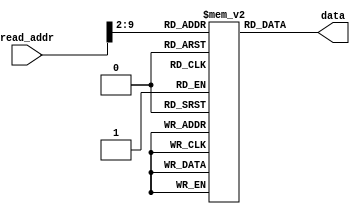
`timescale 1ns / 1ps
//////////////////////////////////////////////////////////////////////////////////
// Company: 
// Engineer: 
// 
// Design Name: 
// Module Name: instruction_mem
// Project Name: 
// Target Devices: 
// Tool Versions: 
// Description: 
// 
// Dependencies: 
// 
// Revision:
// Revision 0.01 - File Created
// Additional Comments:
// 
//////////////////////////////////////////////////////////////////////////////////


module instruction_mem(
    input [9:0] read_addr,
    output [31:0] data
    );
    
    reg [31:0]rom[255:0];  
    
    initial  
    begin  
                                                        // instruction           alu result in hex       register content       mem content
//        rom[0]  = 32'b00100000000000010000000000000110; // addi r1,r0,#6                 6                    r1=6                   -
//        rom[1]  = 32'b00100000000000100000000000001110; // addi r2,r0,#e                 e                    r2=e                   -
//        rom[2]  = 32'b00100000000000110000000001001110; // addi r3,r0,#4e                4e                   r3=4e                  -
//        rom[3]  = 32'b00100000000001000000000011010010; // addi r4,r0,#d2                d2                   r4=d2                  -
//        rom[4]  = 32'b00100000000001011110000110010101; // addi r5,r0,#e195           ffffe195                r5=ffffe195            -
//        rom[5]  = 32'b00100000000001101111111000010010; // addi r6,r0,#fe12           fffffe12                r6=fffffe12            -
//        rom[6]  = 32'b00000000001001000011100000100000; // add r7,r1,r4                  d8                   r7=d8                  -
//        rom[7]  = 32'b00000000011001010100000000100000; // add r8,r3,r5               ffffe1e3                r8=ffffe1e3            -
//        rom[8]  = 32'b10101100001001110000000000000010; // sw mem[r1+2] <= r7            8                    -                   mem[2]=d8
//        rom[9]  = 32'b10101100100010001111111111111110; // sw mem[r4-2] <= r8            d0                   -                   mem[52]=ffffe1e3
//        rom[10] = 32'b00000000100000100100100000100010; // sub r9,r4,r2                  C4                   r9=c4                  -
//        rom[11] = 32'b00000000001001010101000000100010; // sub r10,r1,r5                1e71                  r10=1e71               -
//        rom[12] = 32'b10101101001010100000000000000000; // sw mem[r9+0] <= r10           c4                   -                   mem[49]=1e71
//        rom[13] = 32'b00000001001001110101100000100101; // or r11,r9,r7                  dc                   r11=dc                 -
//        rom[14] = 32'b00000001000010100110000000100100; // and r12,r8,r10                61                   r12=61                 -
//        rom[15] = 32'b10001100001011010000000000000010; // r13 =mem[r1+2]                8                    r13=d8                 -
//        rom[16] = 32'b10001100100011101111111111111110; // r14 =mem[r4-2]                d0                   r14=ffffe1e3           -
//        rom[17] = 32'b10001101001011110000000000000000; // r15 =mem[r9+0]                c4                   r15=1e71               -
//        rom[18] = 32'b00110001100100000000111101100011; // andi r16,r12,#f63             61                   r16=61                 -
//        rom[19] = 32'b00010000111011010000000000000100; // beq r7,r13,#4                 0                    -                      -              branch to instruction rom[24]     
//        rom[20] = 32'b00000001100010101000100000100111; // nor r17,r12,r10            ffffe18e                r17=ffffe18e           -      
//        rom[21] = 32'b00000001100010101001000000101010; // slt r18,r12,r10               1                    r18=1                  -
//        rom[22] = 32'b11000001100000001001100011000000; // sll r19,r12,#3               308                   r19=308                -
//        rom[23] = 32'b00001000000000000000000000000100; // j #4                          -                    -                      -             jump to instruction rom[28]
//        rom[24] = 32'b11000001100000001010000101000010; // srl r20,r12,#5                3                    r20=3                  -
//        rom[25] = 32'b11000001000000001010100110000011; // sra r21,r8,#6              ffffff87                r21=ffffff87           -
//        rom[26] = 32'b00000000100001011011000000100110; // xor r22,r4,r5              ffffe147                r22=ffffe147           -
//        rom[27] = 32'b00010001010011111111111111111000; // beq r10,r15,#-8                0                   -                      -              branch to instruction rom[20] 
//        rom[28] = 32'b00000000100000011011100000011000; // mult r23,r4,r1                4ec                  r23=4ec                -
//        rom[29] = 32'b00000000111000011100000000011010; // div r24,r7,r1                 24                   r24=24                 -
        
        
        ////////////////////////////////////////////////////// grading
        // load to registers 1 to 10
                                                        // instruction           alu result in hex       register content       mem content
        rom[0] = 32'b10001100000000010000000000000000; // r1  = mem[0]                0                    r1 = 00000001            -
        rom[1] = 32'b10001100000000100000000000000100; // r2  = mem[0]                1                    r2 = 0fd76e10            -
        rom[2] = 32'b10001100000000110000000000001000; // r3  = mem[0]                2                    r3 = 5a00429b            -
        rom[3] = 32'b10001100000001000000000000001100; // r4  = mem[0]                3                    r4 = 14333ffc            -
        rom[4] = 32'b10001100000001010000000000010000; // r5  = mem[0]                4                    r5 = 321fedcb            -
        rom[5] = 32'b10001100000001100000000000010100; // r6  = mem[0]                5                    r6 = 80000000            -
        rom[6] = 32'b10001100000001110000000000011000; // r7  = mem[0]                6                    r7 = 9012fd65            -
        rom[7] = 32'b10001100000010000000000000011100; // r8  = mem[0]                7                    r8 = abc00237            -
        rom[8] = 32'b10001100000010010000000000100000; // r9  = mem[0]                8                    r9 = b54bc031            -
        rom[9] = 32'b10001100000010100000000000100100; // r10 = mem[0]                9                    r10= c187a606            -
        
        // two positive operands
        rom[10] = 32'b00110000011010111111111101100011; // andi r11,r3,#ff63      5a004203                 r11= 5a004203            -
        rom[11] = 32'b00000000001000100110000000100111; // nor  r12,r1,r2         f02891ee                 r12= f02891ee            - 
        rom[12] = 32'b00000000001000100110100000101010; // slt  r13,r1,r2             1                    r13= 1                   -
        rom[13] = 32'b11000000010000000111000011000000; // sll  r14,r2,#3         7ebb7080                 r14= 7ebb7080            -
        rom[14] = 32'b11000000001000000111100101000010; // srl  r15,r1,#5             0                    r15= 0                   -
        rom[15] = 32'b11000000110000001000000110000011; // sra  r16,r6,#6         fe000000                 r16= fe000000            -
        rom[16] = 32'b00000000010000111000100000100110; // xor  r17,r2,r3         55d72c8b                 r17= 55d72c8b            -
        rom[17] = 32'b00000000001000101001000000011000; // mult r17,r1,r2         0fd76e10                 r18= 0fd76e10            -
        rom[18] = 32'b00000000010000011001100000011010; // div  r19,r2,r1         0fd76e10                 r19= 0fd76e10            -
        // store the result in memory
        rom[19] = 32'b10101100000010110000000000101100; // sw mem[r0+11] <= r11      2c                           -                   mem[11]= 5a004203
        rom[20] = 32'b10101100000011000000000000110000; // sw mem[r0+12] <= r12      30                           -                   mem[12]= f02891ee
        rom[21] = 32'b10101100000011010000000000110100; // sw mem[r0+13] <= r13      34                           -                   mem[13]=    1   
        rom[22] = 32'b10101100000011100000000000111000; // sw mem[r0+14] <= r14      38                           -                   mem[14]= 7ebb7080
        rom[23] = 32'b10101100000011110000000000111100; // sw mem[r0+15] <= r15      3c                           -                   mem[15]=    0   
        rom[24] = 32'b10101100000100000000000001000000; // sw mem[r0+16] <= r16      40                          -                   mem[16]= fe000000
        rom[25] = 32'b10101100000100010000000001000100; // sw mem[r0+17] <= r17      44                          -                   mem[17]= 55d72c8b
        rom[26] = 32'b10101100000100100000000001001000; // sw mem[r0+18] <= r18      48                          -                   mem[18]= 0fd76e10
        rom[27] = 32'b10101100000100110000000001001100; // sw mem[r0+19] <= r19      4c                          -                   mem[19]= 0fd76e10
        
        // one positive and one negative operand
        rom[28] = 32'b00110000111010110000111101100011; // andi r11,r7,#f63       00000d61                 r11= 00000d61             -
        rom[29] = 32'b00000000010001110110000000100111; // nor  r12,r2,r7         6028008a                 r12= 6028008a             -
        rom[30] = 32'b00000000010001110110100000101010; // slt  r13,r2,r7             1                    r13=    1                 -
        rom[31] = 32'b11000000111000000111001101000000; // sll  r14,r2,#13        5faca000                 r14= 5faca000             -
        rom[32] = 32'b11000001000000000111100111000010; // srl  r15,r8,#7         01578004                 r15= 01578004             -
        rom[33] = 32'b11000001001000001000000010000011; // sra  r16,r9,#2         ed52f00c                 r16= ed52f00c             -
        rom[34] = 32'b00000000010001111000100000100110; // xor  r17,r2,r7         9fc59375                 r17= 9fc59375             -
        rom[35] = 32'b00000000010001111001000000011000; // mult r17,r2,r7         e4e43c50?                r18= e4e43c50             -
        rom[36] = 32'b00000000111000101001100000011010; // div  r19,r7,r2             9                    r19=    9                 -
        // store the result in memory
        rom[37] = 32'b10101100000010110000000001010000; // sw mem[r0+20] <= r11      50                           -                   mem[20]= 00000d61 
        rom[38] = 32'b10101100000011000000000001010100; // sw mem[r0+21] <= r12      54                           -                   mem[21]= 6028008a 
        rom[39] = 32'b10101100000011010000000001011000; // sw mem[r0+22] <= r13      58                           -                   mem[22]=    1        
        rom[40] = 32'b10101100000011100000000001011100; // sw mem[r0+23] <= r14      5c                           -                   mem[23]= 5faca000 
        rom[41] = 32'b10101100000011110000000001100000; // sw mem[r0+24] <= r15      60                           -                   mem[24]= 01578004 
        rom[42] = 32'b10101100000100000000000001100100; // sw mem[r0+25] <= r16      64                           -                   mem[25]= ed52f00c 
        rom[43] = 32'b10101100000100010000000001101000; // sw mem[r0+26] <= r17      68                           -                   mem[26]= 9fc59375 
        rom[44] = 32'b10101100000100100000000001101100; // sw mem[r0+27] <= r18      6c                           -                   mem[27]= e4e43c50
        rom[45] = 32'b10101100000100110000000001110000; // sw mem[r0+28] <= r19      70                           -                   mem[28]=    9        
        
        // one positive and one negative operand
        rom[46] = 32'b00110001010010111110000100100111; // andi r11,r10,#e127     c187a006                 r11= c187a006             -
        rom[47] = 32'b00000000011010000110000000100111; // nor  r12,r3,r8         043fbd40                 r12= 043fbd40             -
        rom[48] = 32'b00000001000000110110100000101010; // slt  r13,r8,r3             0                    r13=     0                -
        rom[49] = 32'b11000000011000000111010001000000; // sll  r14,r3,#17        85360000                 r14= 85360000             -
        rom[50] = 32'b11000001000000000111110100000010; // srl  r15,r8,#20        00000abc                 r15= 00000abc             -
        rom[51] = 32'b11000001000000001000000001000011; // sra  r16,r8,#1         d5e0011b                 r16= d5e0011b             -
        rom[52] = 32'b00000000011010001000100000100110; // xor  r17,r3,r8         f1c040ac                 r17= f1c040ac             -
        rom[53] = 32'b00000000011010001001000000011000; // mult r17,r3,r8         d3d3854d?                 r18= d3d3854d?             -
        rom[54] = 32'b00000001000000111001100000011010; // div  r19,r8,r3             1                    r19=     1                -
        // store the result in memory
        rom[55] = 32'b10101100000010110000000001110100; // sw mem[r0+29] <= r11      74                           -                   mem[29]= c187a006 
        rom[56] = 32'b10101100000011000000000001111000; // sw mem[r0+30] <= r12      78                           -                   mem[30]= 043fbd40 
        rom[57] = 32'b10101100000011010000000001111100; // sw mem[r0+31] <= r13      7c                           -                   mem[31]=     0       
        rom[58] = 32'b10101100000011100000000010000000; // sw mem[r0+32] <= r14      80                           -                   mem[32]= 85360000 
        rom[59] = 32'b10101100000011110000000010000100; // sw mem[r0+33] <= r15      84                           -                   mem[33]= 00000abc 
        rom[60] = 32'b10101100000100000000000010001000; // sw mem[r0+34] <= r16      88                           -                   mem[34]= d5e0011b 
        rom[61] = 32'b10101100000100010000000010001100; // sw mem[r0+35] <= r17      8c                           -                   mem[35]= f1c040ac 
        rom[62] = 32'b10101100000100100000000010010000; // sw mem[r0+36] <= r18      90                           -                   mem[36]= d3d3854d
        rom[63] = 32'b10101100000100110000000010010100; // sw mem[r0+37] <= r19      94                           -                   mem[37]=     1   

        // two negative operands (not for shift)
        rom[64] = 32'b00110001000010111101000000000010; // andi r11,r8,#d002      abc00002                 r11= abc00002             -
        rom[65] = 32'b00000000111010000110000000100111; // nor  r12,r7,r8         442d0088                 r12= 442d0088             -
        rom[66] = 32'b00000001000001110110100000101010; // slt  r13,r8,r7             0                    r13=     0                -
        rom[67] = 32'b11000000111000000111000111000000; // sll  r14,r7,#7         097eb280                 r14= 097eb280             -
        rom[68] = 32'b11000001001000000111100011000010; // srl  r15,r9,#3         16a97806                 r15= 16a97806             -
        rom[69] = 32'b11000001001000001000000101000011; // sra  r16,r9,#5         fdaa5e01                 r16= fdaa5e01             -
        rom[70] = 32'b00000000111010001000100000100110; // xor  r17,r7,r8         3bd2ff52                 r17= f1c040ac             -
        rom[71] = 32'b00000000111010001001000000011000; // mult r17,r7,r8         9ccf3ab3?                 r18= 9ccf3ab3??             -
        rom[72] = 32'b00000001000001111001100000011010; // div  r19,r8,r7             1                    r19=     1                -
        // store the result in memory
        rom[73] = 32'b10101100000010110000000010011000; // sw mem[r0+38] <= r11      98                           -                   mem[38]= abc00002 
        rom[74] = 32'b10101100000011000000000010011100; // sw mem[r0+39] <= r12      9c                           -                   mem[39]= 442d0088 
        rom[75] = 32'b10101100000011010000000010100000; // sw mem[r0+40] <= r13      a0                           -                   mem[40]=     0       
        rom[76] = 32'b10101100000011100000000010100100; // sw mem[r0+41] <= r14      a4                           -                   mem[41]= 097eb280 
        rom[77] = 32'b10101100000011110000000010101000; // sw mem[r0+42] <= r15      a8                           -                   mem[42]= 16a97806 
        rom[78] = 32'b10101100000100000000000010101100; // sw mem[r0+43] <= r16      ac                           -                   mem[43]= fdaa5e01 
        rom[79] = 32'b10101100000100010000000010110000; // sw mem[r0+44] <= r17      b0                           -                   mem[44]= 3bd2ff52 
        rom[80] = 32'b10101100000100100000000010110100; // sw mem[r0+45] <= r18      b4                           -                   mem[45]= 9ccf3ab3
        rom[81] = 32'b10101100000100110000000010111000; // sw mem[r0+46] <= r19      b8                           -                   mem[46]=     1   

        // zero result or overflow
        rom[82] = 32'b00110001000010110000000000000000; // andi r11,r8,#0         00000000                 r11= 00000000             -
        rom[83] = 32'b00000000110010100110000000100111; // nor  r12,r6,r10        3e7859f9                 r12= 3e7859f9             -
        rom[84] = 32'b00000000110010100110100000101010; // slt  r13,r6,r10            1                    r13=     1                -
        rom[85] = 32'b11000000111000000111011111000000; // sll  r14,r7,#31        80000000                 r14= 80000000             -
        rom[86] = 32'b11000001001000000111111111000010; // srl  r15,r9,#31        00000001                 r15= 00000001             -
        rom[87] = 32'b11000001001000001000011111000011; // sra  r16,r9,#31        ffffffff                 r16= ffffffff             -
        rom[88] = 32'b00000001001010101000100000100110; // xor  r17,r9,r10        74cc6637                 r17= 74cc6637             -
        rom[89] = 32'b00000001001010101001000000011000; // mult r17,r9,r10        a93d4726                 r18= a93d4726??             -
        rom[90] = 32'b00000001001010101001100000011010; // div  r19,r9,r10            0                    r19=     0                -
        // store the result in memory
        rom[91] = 32'b10101100000010110000000010111100; // sw mem[r0+47] <= r11      bc                           -                   mem[47]= 00000000 
        rom[92] = 32'b10101100000011000000000011000000; // sw mem[r0+48] <= r12      c0                           -                   mem[48]= 3e7859f9 
        rom[93] = 32'b10101100000011010000000011000100; // sw mem[r0+49] <= r13      c4                           -                   mem[49]=     1       
        rom[94] = 32'b10101100000011100000000011001000; // sw mem[r0+50] <= r14      c8                           -                   mem[50]= 80000000 
        rom[95] = 32'b10101100000011110000000011001100; // sw mem[r0+51] <= r15      cc                           -                   mem[51]= 00000001 
        rom[96] = 32'b10101100000100000000000011010000; // sw mem[r0+52] <= r16      d0                           -                   mem[52]= ffffffff 
        rom[97] = 32'b10101100000100010000000011010100; // sw mem[r0+53] <= r17      d4                           -                   mem[53]= 74cc6637 
        rom[98] = 32'b10101100000100100000000011011000; // sw mem[r0+54] <= r18      d8                           -                   mem[54]= a93d4726
        rom[99] = 32'b10101100000100110000000011011100; // sw mem[r0+55] <= r19      dc                           -                   mem[55]=     0   


        rom[100] = 32'b00100000001011011111111111111101; // addi r13,r1,#fffd        fffffffe               r13 = fffffffe            -
        rom[101] = 32'b10001100000011100000000000000000; // r14  = mem[0]              0                    r14 = 00000001            -
        rom[102] = 32'b00100000001011111111111111111110; // addi r15,r1,#fffe        ffffffff               r15 = ffffffff            -
         
        
        // branch forward taken
        rom[103] = 32'b00010000001011100000000000000001; // beq r1,r14,#1              0          branch to instruction rom[105]     
        rom[104] = 32'b00000000001000100101000000100000; // add r10,r1,r2         0fd76e11                 r10= 0fd76e11              doesnt run
        rom[105] = 32'b00000000001000111001100000100000; // add r19,r1,r3         5a00429c                 r19= 5a00429c              - 
        rom[106] = 32'b10101100000010100000000011100000; // sw mem[r0+56] <= r10      e0                           -                   mem[56]= c187a606
        
        // branch forward not taken
        rom[107] = 32'b00010000110010100000000000000001; // beq r6,r10,#1         be7859fa        not taken    
        rom[108] = 32'b00000000001001000110000000100000; // add r12,r1,r4         14333ffd                 r12= 14333ffd              
        rom[109] = 32'b00000000001000111001100000100000; // add r19,r1,r3         5a00429c                 r19= 5a00429c              -
        rom[110] = 32'b10101100000011000000000011100100; // sw mem[r0+57] <= r12      e4                           -                   mem[57]= 14333ffd
        
        // branch backward taken
        rom[111] = 32'b00100001101011010000000000000001; // addi r13,r13,#1       ffffffff                                            -  
        rom[112] = 32'b00010001101011111111111111111110; // beq r13,r15,#-2          0            branch to instruction rom[111] 
        // here if the content of r13 = fffffffd then the branch works
        rom[113] = 32'b10101100000011010000000011101000; // sw mem[r0+58] <= r13      e8                           -                   mem[58]= 0
        
        // branch backward not taken
        rom[114] = 32'b00100001110100000000000000000011; // addi r16,r14,#3           4                    r16 = 4                    -       
        rom[115] = 32'b00000010000000011000000000100000; // add r16,r16,r1            5                    r16 = 5                    - 
        rom[116] = 32'b00010000001100001111111111111110; // beq r1,r16,#-2            0            not taken      
//         if the content of r13 = 2 then the branch works
        rom[117] = 32'b10101100000100000000000011101100; // sw mem[r0+59] <= r16      ec                           -                   mem[59]= 5
        
        // branch forward taken
        rom[118] = 32'b00010000001011100000000000000001; // beq r1,r14,#1              0          branch to instruction rom[120]     
        rom[119] = 32'b00000000001000100111100000100000; // add r15,r1,r2         0fd76e11                 r15= 0fd76e11              doesnt run
        rom[120] = 32'b00000000001000111001100000100000; // add r19,r1,r3         5a00429c                 r19= 5a00429c              - 
        rom[121] = 32'b10101100000011110000000011110000; // sw mem[r0+60] <= r15      f0                           -                   mem[60]= ffffffff


        
        //jump forward 
        rom[122] = 32'b00001000000000000000000001111100; // j #7c                    jump to instruction rom[124]          
        rom[123] = 32'b00000000001000100101000000100000; // add r10,r1,r2           0fd76e11                 r10= 0fd76e11       doesnt run         
        rom[124] = 32'b10101100000010100000000011110100; // sw mem[r0+61] <= r10      f4                           -                   mem[61]= c187a606
       
        //jump forward 
        rom[125] = 32'b00001000000000000000000010000000; // j #80                    jump to instruction rom[128]             
        rom[126] = 32'b00000000001000100100100000100000; // add r9,r1,r2          0fd76e11                 r9= 0fd76e11              - 
        rom[127] = 32'b00000000001000100111100000100000; // add r15,r1,r2         0fd76e11                 r15= 0fd76e11        
        rom[128] = 32'b10101100000010010000000011111000; // sw mem[r0+62] <= r9      f8                           -                    mem[62]= b54bc031
        
        //jump forward 
        rom[129] = 32'b00001000000000000000000010000100; // j #84                    jump to instruction rom[132]             
        rom[130] = 32'b00000000001000100100000000100000; // add r8,r1,r2          0fd76e11                 r8= 0fd76e11              - 
        rom[131] = 32'b00000000001000100111100000100000; // add r15,r1,r2         0fd76e11                 r15= 0fd76e11        
        rom[132] = 32'b10101100000010000000000011111100; // sw mem[r0+63] <= r8      fc                           -                    mem[63]= abc00237
        
        //jump forward 
        rom[133] = 32'b00001000000000000000000010001000; // j #88                    jump to instruction rom[132]             
        rom[134] = 32'b00000000001000100011100000100000; // add r7,r1,r2          0fd76e11                 r7= 0fd76e11              - 
        rom[135] = 32'b00000000001000100111100000100000; // add r15,r1,r2         0fd76e11                 r15= 0fd76e11        
        rom[136] = 32'b10101100000001110000000100000000; // sw mem[r0+64] <= r7      100                           -                    mem[64]= 9012fd65
        
        //jump forward 
        rom[137] = 32'b00001000000000000000000010001100; // j #8c                    jump to instruction rom[132]             
        rom[138] = 32'b00000000001000100011000000100000; // add r6,r1,r2          0fd76e11                 r6= 0fd76e11              - 
        rom[139] = 32'b00000000001000100111100000100000; // add r15,r1,r2         0fd76e11                 r15= 0fd76e11        
        rom[140] = 32'b10101100000001100000000100000100; // sw mem[r0+65] <= r6      104                           -                    mem[65]= 80000000
        

        
      end  
      
      assign data = rom[read_addr[9:2]];

endmodule